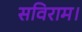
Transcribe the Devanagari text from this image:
सविराम।